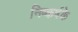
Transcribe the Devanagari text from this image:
निष्कर्षके